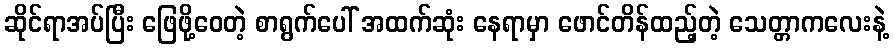
ဆိုင်ရာအပ်ပြီး ဖြေဖို့ဝေတဲ့ စာရွက်ပေါ် အထက်ဆုံး နေရာမှာ ဖောင်တိန်ထည့်တဲ့ သေတ္တာကလေးနဲ့